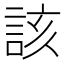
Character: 該